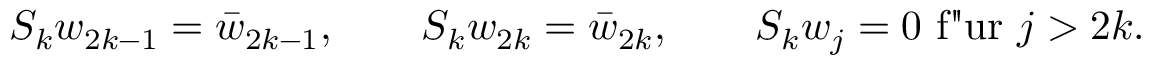
S _ { k } w _ { 2 k - 1 } = \bar { w } _ { 2 k - 1 } , \qquad S _ { k } w _ { 2 k } = \bar { w } _ { 2 k } , \qquad S _ { k } w _ { j } = 0 \mathrm { ~ f " u r ~ } j > 2 k .